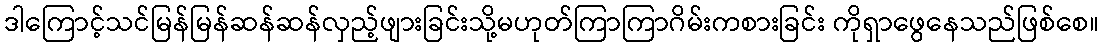
ဒါကြောင့်သင်မြန်မြန်ဆန်ဆန်လှည့်ဖျားခြင်းသို့မဟုတ်ကြာကြာဂိမ်းကစားခြင်း ကိုရှာဖွေနေသည်ဖြစ်စေ။